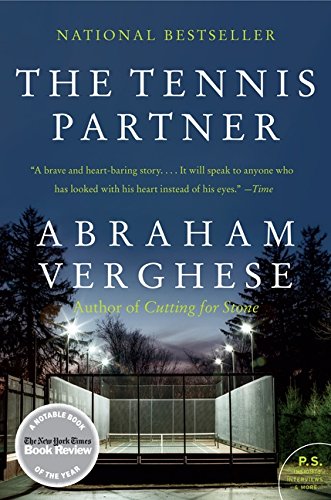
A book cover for The Tennis Partner; Abraham Verghese; Biographies & Memoirs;